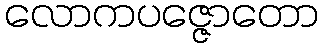
လောကပဇ္ဇောတော